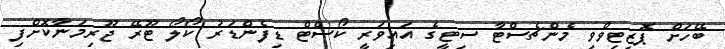
ބޭހަށް ޕޮޒިޓިވްވި މެންޗެސްޓާ ސިޓީގެ އައިވަރީ ކޯސްޓް ޑިފެންޑަރު ކޯލޯ ޓޫރޭ ޖޫރިމަނާކޮށްފި